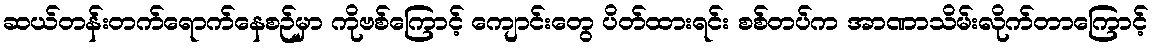
ဆယ်တန်းတက်ရောက်နေစဉ်မှာ ကိုဗစ်ကြောင့် ကျောင်းတွေ ပိတ်ထားရင်း စစ်တပ်က အာဏာသိမ်းလိုက်တာကြောင့်